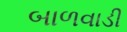
બાળવાડી